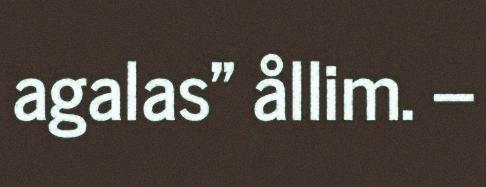
agalas" ållim. –